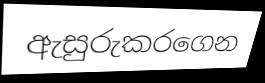
ඇසුරුකරගෙන